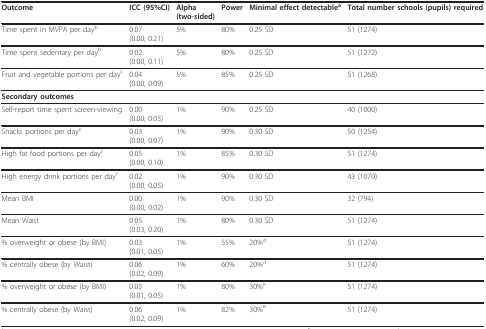
<table><thead><tr><td><b>Outcome</b></td><td><b>ICC (95%CI)</b></td><td><b>Alpha(two-sided)</b></td><td><b>Power</b></td><td><b>Minimal effect detectable<sup>a</sup></b></td><td><b>Total number schools (pupils) required</b></td></tr></thead><tbody><tr><td>Time spent in MVPA per day<sup>b</sup></td><td>0.07(0.00, 0.21)</td><td>5%</td><td>80%</td><td>0.25 SD</td><td>51 (1274)</td></tr><tr><td>Time spent sedentary per day<sup>b</sup></td><td>0.02(0.00, 0.11)</td><td>5%</td><td>80%</td><td>0.25 SD</td><td>51 (1272)</td></tr><tr><td>Fruit and vegetable portions per day<sup>c</sup></td><td>0.04(0.00, 0.09)</td><td>5%</td><td>85%</td><td>0.25 SD</td><td>51 (1268)</td></tr><tr><td colspan="6"><b>Secondary outcomes</b></td></tr><tr><td>Self-report time spent screen-viewing</td><td>0.00(0.00, 0.03)</td><td>1%</td><td>90%</td><td>0.25 SD</td><td>40 (1000)</td></tr><tr><td>Snacks portions per day<sup>c</sup></td><td>0.03(0.00, 0.07)</td><td>1%</td><td>90%</td><td>0.30 SD</td><td>50 (1254)</td></tr><tr><td>High fat food portions per day<sup>c</sup></td><td>0.05(0.00, 0.10)</td><td>1%</td><td>85%</td><td>0.30 SD</td><td>51 (1274)</td></tr><tr><td>High energy drink portions per day<sup>c</sup></td><td>0.02(0.00, 0.05)</td><td>1%</td><td>90%</td><td>0.30 SD</td><td>43 (1070)</td></tr><tr><td>Mean BMI</td><td>0.00(0.00, 0.02)</td><td>1%</td><td>90%</td><td>0.30 SD</td><td>32 (794)</td></tr><tr><td>Mean Waist</td><td>0.05(0.03, 0.20)</td><td>1%</td><td>80%</td><td>0.30 SD</td><td>51 (1274)</td></tr><tr><td>% overweight or obese (by BMI)</td><td>0.03(0.01, 0.05)</td><td>1%</td><td>55%</td><td>20%<sup>d</sup></td><td>51 (1274)</td></tr><tr><td>% centrally obese (by Waist)</td><td>0.06(0.02, 0.09)</td><td>1%</td><td>60%</td><td>20%<sup>d</sup></td><td>51 (1274)</td></tr><tr><td>% overweight or obese (by BMI)</td><td>0.03(0.01, 0.05)</td><td>1%</td><td>80%</td><td>30%<sup>e</sup></td><td>51 (1274)</td></tr><tr><td>% centrally obese (by Waist)</td><td>0.06(0.02, 0.09)</td><td>1%</td><td>82%</td><td>30%<sup>e</sup></td><td>51 (1274)</td></tr></tbody></table>